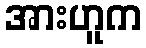
အားဟူက